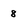
Character: 8